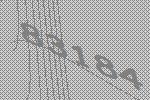
83184